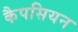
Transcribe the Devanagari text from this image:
कैपसियन